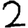
Digit: 2